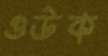
ওউক